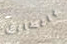
بالطابق